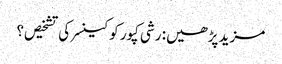
مزید پڑھیں: رشی کپور کو کینسر کی تشخیص؟